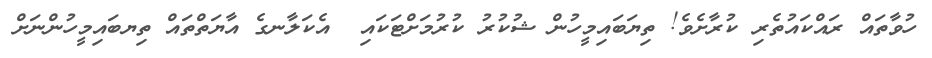
ހުވާތައް ރައްކައުތެރި ކުރާށެވެ! ތިޔަބައިމީހުން ޝުކުރު ކުރުމަށްޓަކައި  އެކަލާނގެ އާޔަތްތައް ތިޔބައިމީހުންނަށް